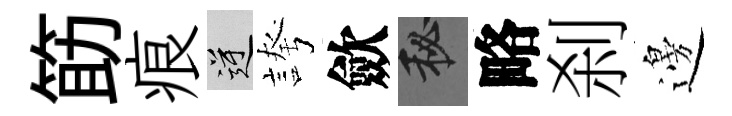
筯痕逆誇歛秘略刹邊